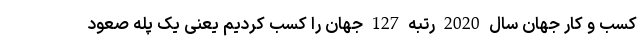
کسب و کار جهان سال 2020 رتبه 127 جهان را کسب کردیم یعنی یک پله صعود